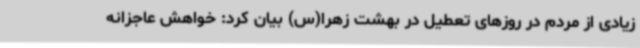
زیادی از مردم در روزهای تعطیل در بهشت زهرا(س) بیان کرد: خواهش عاجزانه